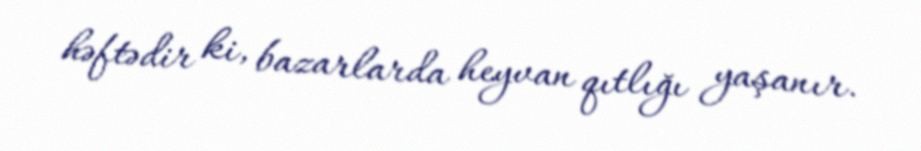
həftədir ki, bazarlarda heyvan qıtlığı yaşanır.